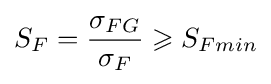
S_{F}={\sigma _{FG} \over \sigma _{F}}\geqslant S_{Fmin}